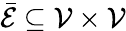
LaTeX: \mathcal{\bar{E}}\subseteq\mathcal{V}\times\mathcal{V}